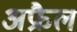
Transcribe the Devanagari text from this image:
अफ्रैल